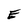
Character: E